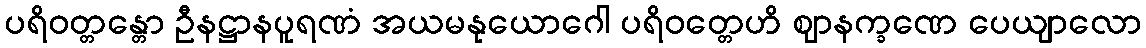
ပရိဝတ္တန္တော ဦနဋ္ဌာနပူရဏံ အယမနုယောဂေါ ပရိဝတ္တေဟိ ဈာနက္ခဏေ ပေယျာလော